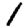
Digit: 1